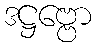
ဒဋ္ဌဗ္ဗော